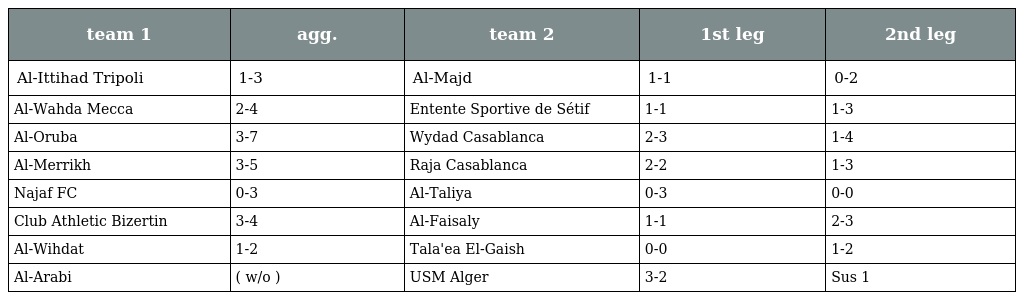
| team 1 | agg. | team 2 | 1st leg | 2nd leg |
 | --- | --- | --- | --- | --- |
 | Al-Ittihad Tripoli | 1-3 | Al-Majd | 1-1 | 0-2 |
 | Al-Wahda Mecca | 2-4 | Entente Sportive de Sétif | 1-1 | 1-3 |
 | Al-Oruba | 3-7 | Wydad Casablanca | 2-3 | 1-4 |
 | Al-Merrikh | 3-5 | Raja Casablanca | 2-2 | 1-3 |
 | Najaf FC | 0-3 | Al-Taliya | 0-3 | 0-0 |
 | Club Athletic Bizertin | 3-4 | Al-Faisaly | 1-1 | 2-3 |
 | Al-Wihdat | 1-2 | Tala'ea El-Gaish | 0-0 | 1-2 |
 | Al-Arabi | ( w/o ) | USM Alger | 3-2 | Sus 1 |